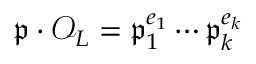
{ \mathfrak { p } } \cdot { \mathcal { O } } _ { L } = { \mathfrak { p } } _ { 1 } ^ { e _ { 1 } } \cdots { \mathfrak { p } } _ { k } ^ { e _ { k } }